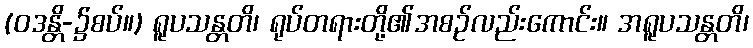
(ဝဒန္တိ-၌စပ်။) ရူပသန္တတိ၊ ရုပ်တရားတို့၏အစဉ်လည်းကောင်း။ အရူပသန္တတိ၊